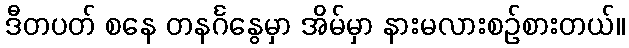
ဒီတပတ် စနေ တနင်္ဂနွေမှာ အိမ်မှာ နားမလားစဉ်စားတယ်။